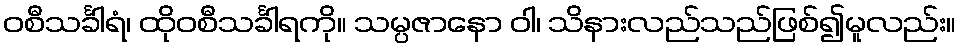
ဝစီသင်္ခါရံ၊ ထိုဝစီသင်္ခါရကို။ သမ္ပဇာနော ဝါ၊ သိနားလည်သည်ဖြစ်၍မူလည်း။